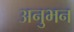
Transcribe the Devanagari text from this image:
अनुभन